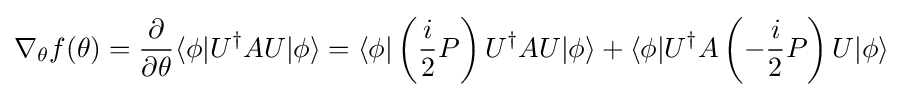
\nabla _{\theta }f(\theta )={\frac {\partial }{\partial \theta }}\langle \phi |U^{\dagger }AU|\phi \rangle =\langle \phi |\left({\frac {i}{2}}P\right)U^{\dagger }AU|\phi \rangle +\langle \phi |U^{\dagger }A\left(-{\frac {i}{2}}P\right)U|\phi \rangle